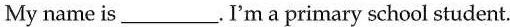
My name is ___. I'm a primary school student.